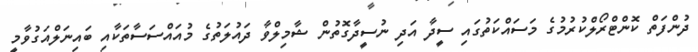
ދުންފަތް ކޮންޓްރޯލްކުރުމުގެ މަސައްކަތުގައި ސީދާ އަދި ނުސީދާގޮތުން ޝާމިލްވާ ދައުލަތުގެ މުއައްސަސާތަކާއި ބައިނަލްއަގުވާމީ